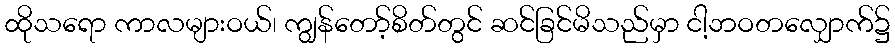
ထိုသရော ကာလများဝယ်၊ ကျွန်တော့်စိတ်တွင် ဆင်ခြင်မိသည်မှာ ငါ့ဘဝတလျှောက်၌